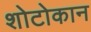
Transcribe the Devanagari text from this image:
शोटोकान